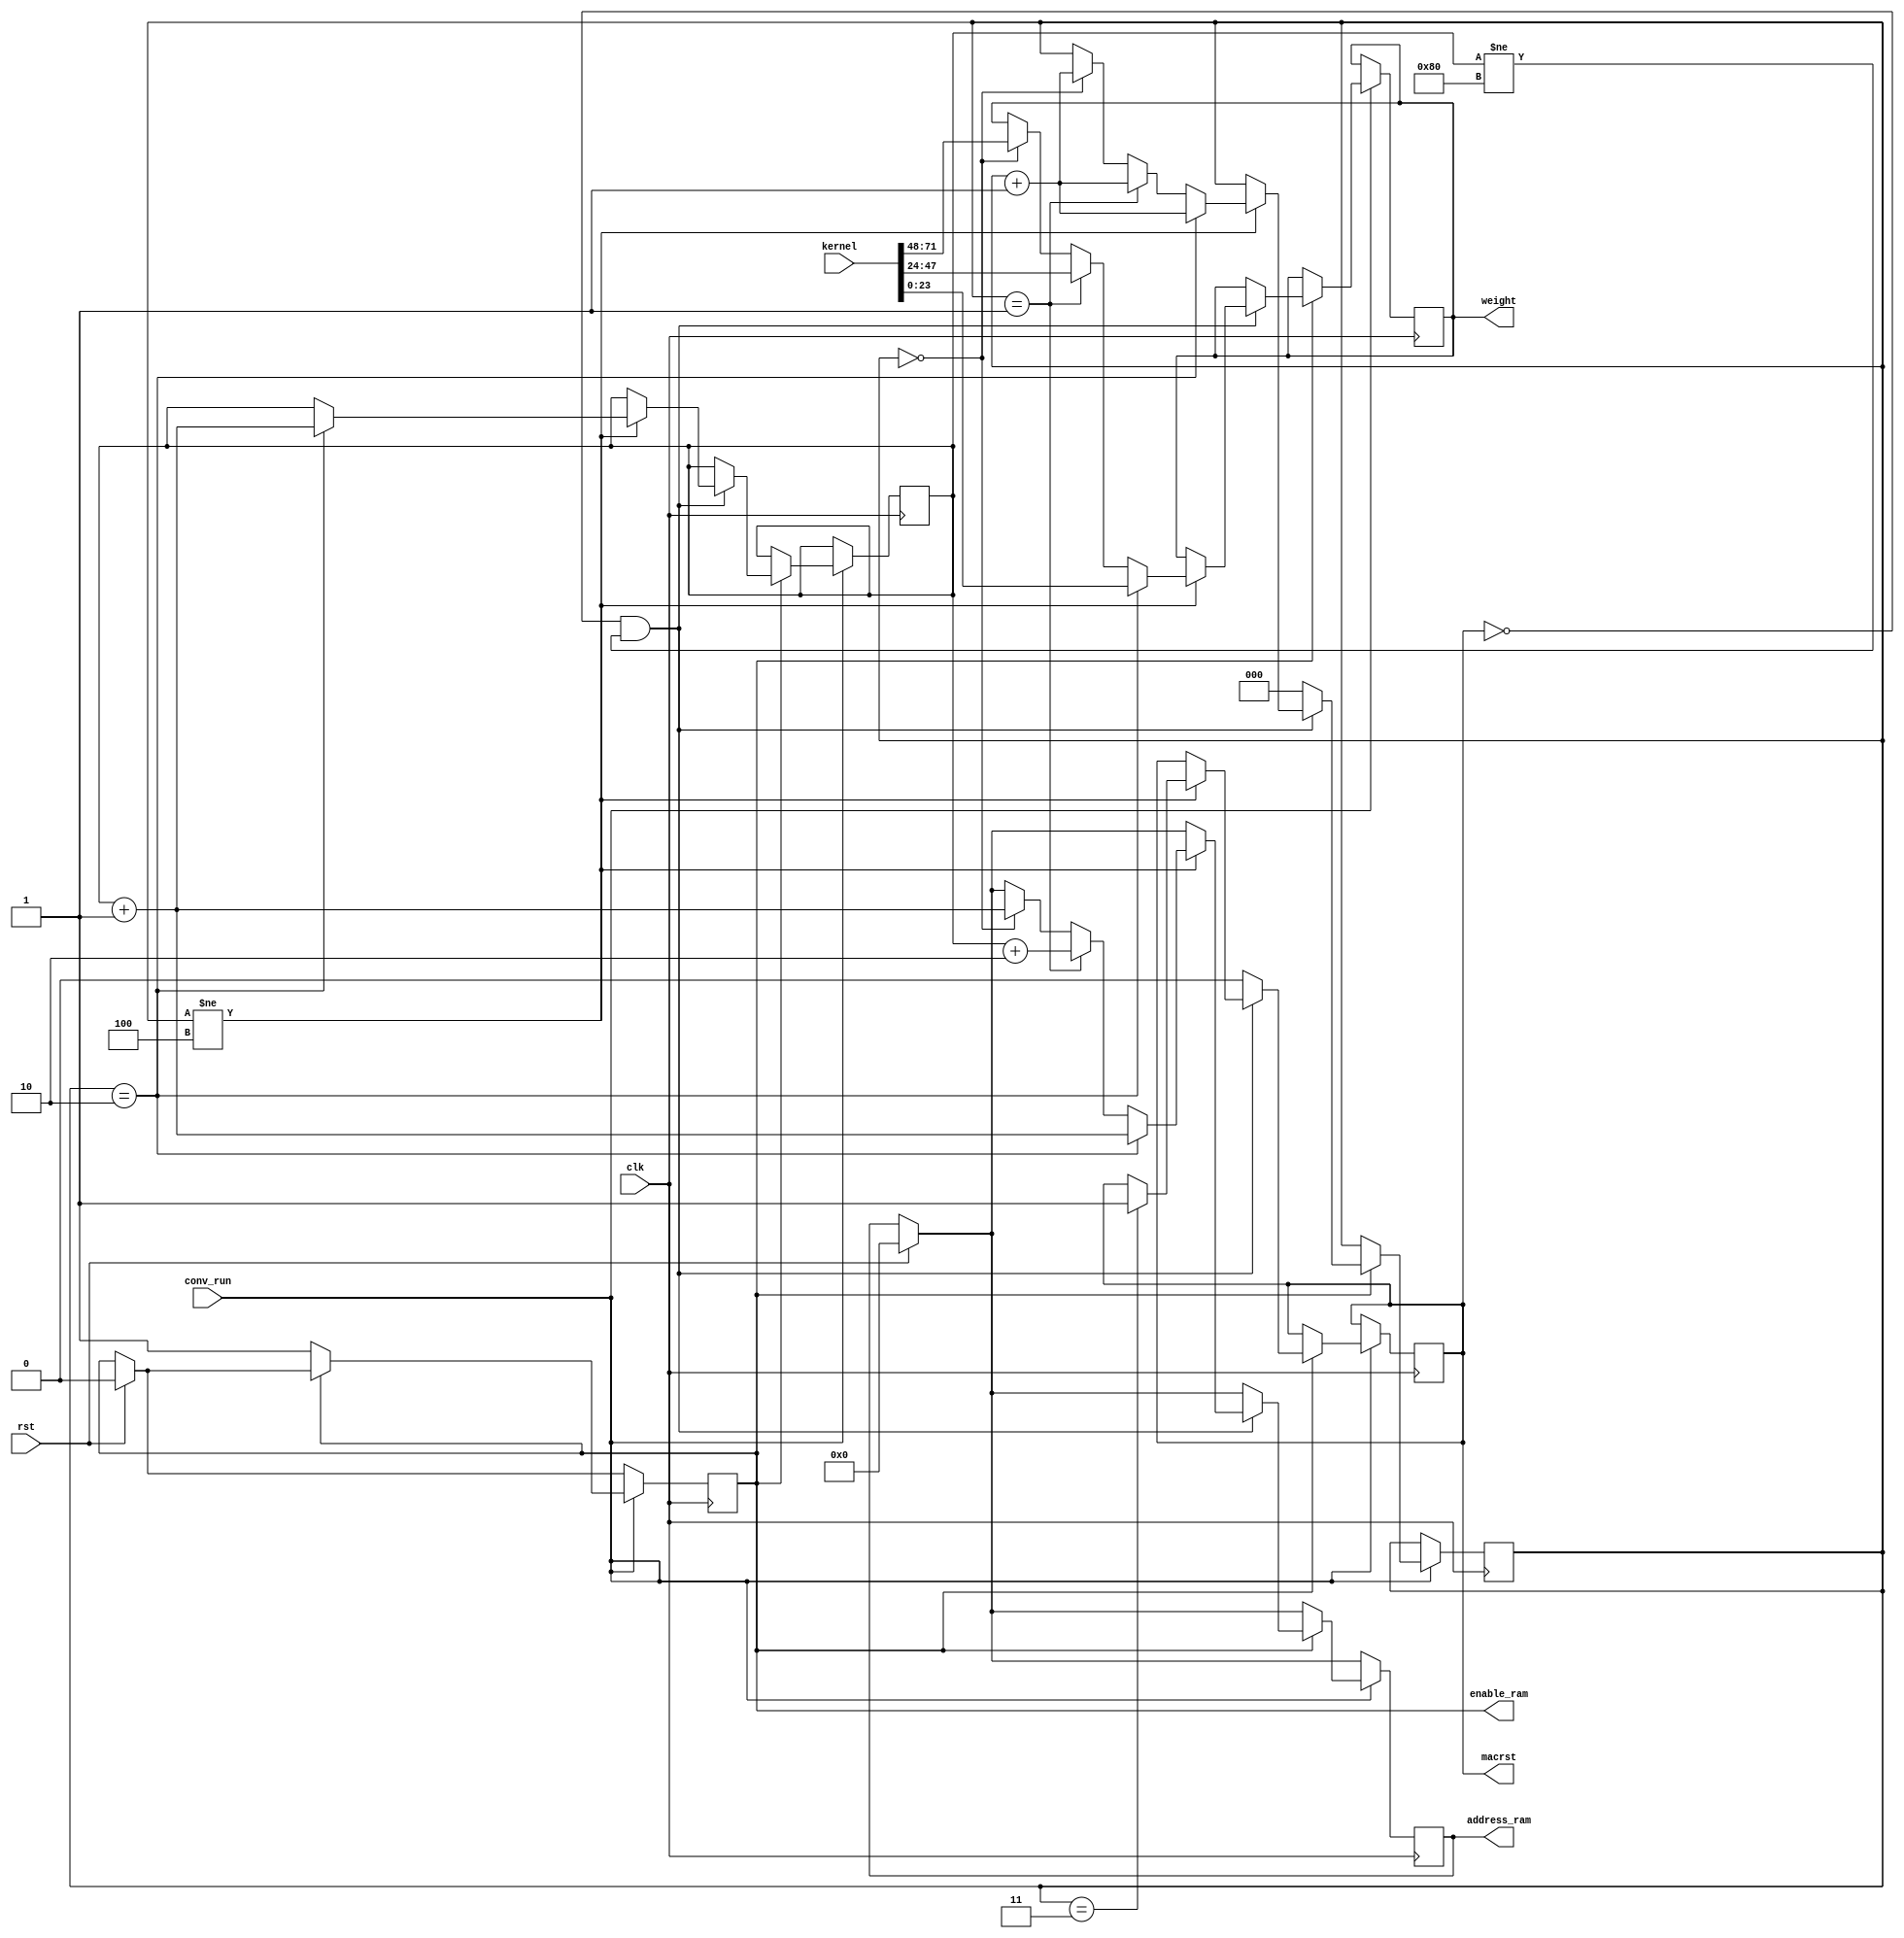
`timescale 1ns / 1ps

module InputController(
input clk,
input rst,
input conv_run,
input [71:0] kernel,
output reg macrst=1,
output reg enable_ram,
output reg [7:0] address_ram,
output reg [23:0] weight

    );
    
 

reg [7:0] address_ram_fake=0;


    
reg [7:0] firstline=0;
reg [2:0] counter_line=0; 

always @(posedge clk)begin
if(rst)
        begin
            address_ram<=8'h00;
            enable_ram<=0;
        end 

    if(conv_run)
        begin
            if(!enable_ram)
                begin
                enable_ram<=1;
                end
            else
                begin
                if(!macrst && firstline!=128)
                    begin
                    if(counter_line!=4)
                    begin
                        if(counter_line==0)
                            begin
                            address_ram<=firstline+1;
                            counter_line<=counter_line+1;
                            weight <= kernel[71:48];
                            end
                        if(counter_line==1)
                            begin
                            address_ram<=firstline+2;
                            counter_line<=counter_line+1;
                            weight <= kernel[47:24];
                            end
                        if(counter_line==2)
                            begin
                            address_ram<=firstline+1;
                            counter_line<=counter_line+1;
                            firstline<=firstline+1;
                            weight<=kernel[23:0];
                            end
                        if(counter_line==3)
                            macrst<=1;
                    end
                end
                else
                begin
                macrst<=0;
                counter_line<=0;  
                end
                
                end
        end
    else;  
end

endmodule